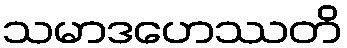
သမာဒဟေဿတိ